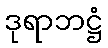
ဒုရာဘဋ္ဌံ